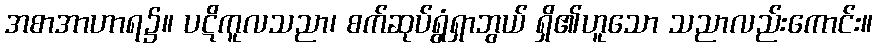
အစာအာဟာရ၌။ ပဋိကူလသညာ၊ စက်ဆုပ်ရွံရှာဘွယ် ရှိ၏ဟူသော သညာလည်းကောင်း။